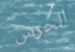
الحرس